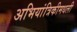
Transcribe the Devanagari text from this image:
अभियांत्रिकीमधली